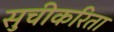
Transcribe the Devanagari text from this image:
सुचीकरिता